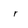
Character: r